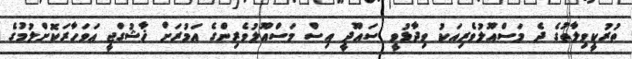
ތުރުކީވިލާތުގެ ދެ މަސްއޫލުވެރިއަކު ވިދާޅުވީ ސައޫދީ އިސް މަސްއޫލުވެރިންގެ އަމުރަށް ޚާޝުގްޖީ އަވަހާރަކޮށްލުމުގެ